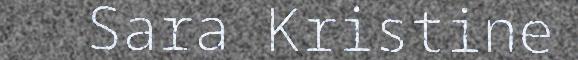
Sara Kristine